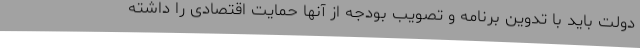
دولت باید با تدوین برنامه و تصویب بودجه از آنها حمایت اقتصادی را داشته